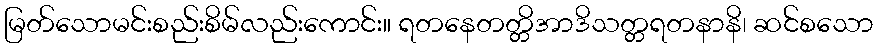
မြတ်သောမင်းစည်းစိမ်လည်းကောင်း။ ရတနေတတ္တိအာဒိသတ္တရတနာနိ၊ ဆင်စသော